Indian journal of veterinary science and animal husbandry - Volume 13,
Year: 1943
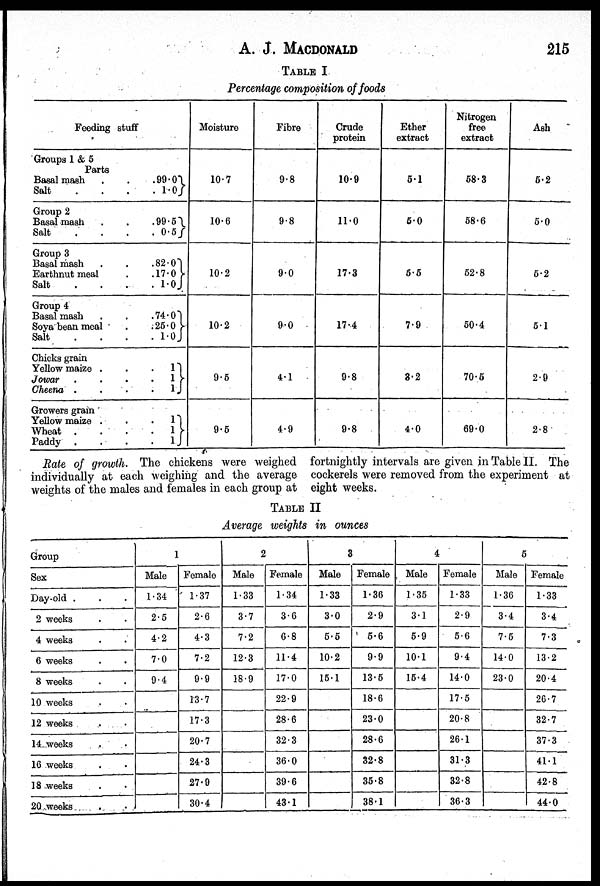
A. J. MACDONALD 215
TABLE I
Percentage composition of foods
Feeding stuff
Groups 1 & 5
Parts
Basal mash . . .
Salt . . .
Group 2
Basal mash . . .
Salt . . .
Group 3
Basal mash . . .
Earthnut meal . .
Salt . . .
Group 4
Basal mash . . .
Soya bean meal . . .
Salt . . .
Chicks grain
Yellow maize . . .
Jowar . . . .
Cheena . . .
Growers gram
Yellow maize . . .
Wheat . . .
Paddy . . .
99.0
1.0
99.5
0.5
82.01
17.0
1.0
74.01
25.0
1.0
1
1 1
1
1 1
Moisture
10.7
10.6
10.2
10.2
9.5
9.5
Fibre
9.8
9.8
9.0
9.0
4.1
4.9
Crude
protein
10.9
11.0
17.3
17.4
9.8
9.8
Ether
extract
5.1
5.0
5.5
7.9
3.2
4.0
Nitrogen
free
extract
58.3
58.6
52.8
50.4
70.5
69.0
Ash
5.2
5.0
5.2
5.1
2.9
2.8
Rate of growth. The chickens were weighed
individually at each weighing and the average
weights of the males and females in each group at
fortnightly intervals are given in Table II. The
cockerels were removed from the experiment at
eight weeks.
TABLE II
Average weights in ounces
Group
Sex
Day-old . . .
2 weeks . .
4 weeks . .
6 weeks . .
8 weeks . .
10 weeks . .
12 weeks . .
14 weeks . .
16 weeks . .
18 weeks . .
20 weeks . .
1
Male
1.34
2.5
4.2
7.0
9.4
Female
1.37
2.6
4.3
7.2
0.9
13.7
17.3
20.7
24.3
27.9
30.4
2
Male
1.33
3.7
7.2
12.3
18.9
Female
1.34
3.6
6.8
11.4
17.0
22.9
28.6
32.3
36.0
39.6
43.1
3
Male
1.33
3.0
5.5
10.2
15.1
Female
1.36
2.9
5.6
9.9
13.5
18.6
23.0
20.8
32.8
35.8
38.1
4
Male
1.35
3.1
5.9
10.1
15.4
Female
1.33
2.9
5.6
9.4
14.0
17.5
20.8
28.1
31.3
32.8
36.3
5
Male
1.36
3.4
7.5
14.0
23.0
Female
1.33
3.4
7.3
13.2
20.4
26.7
32.7
37.3
41.1
42.8
44.0